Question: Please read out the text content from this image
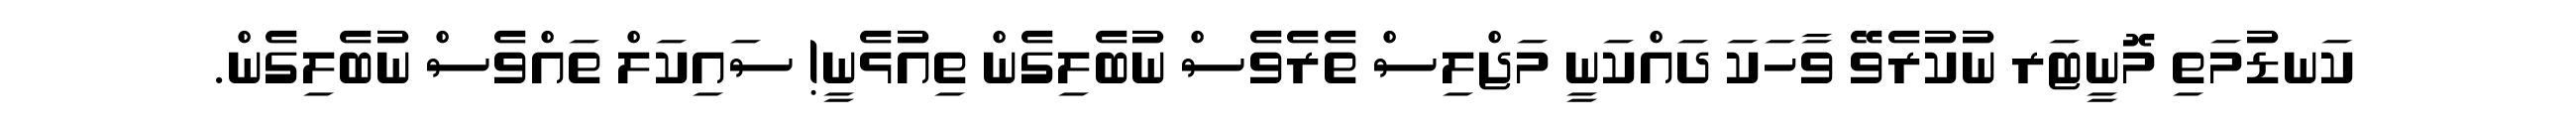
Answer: ކަނޑުމަތި މޮނީޓަރ ނުކުރެވޭ ވާހަކަ ދައްކަނީ މަޖްލިސް ތެރެވެސް ނުބެލިގެން ތިއުޅެނީ! ސައިކަލް ތައްވެސް ނުބެލިގެން.